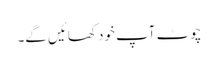
چوٹ آپ خود کھائیں گے۔